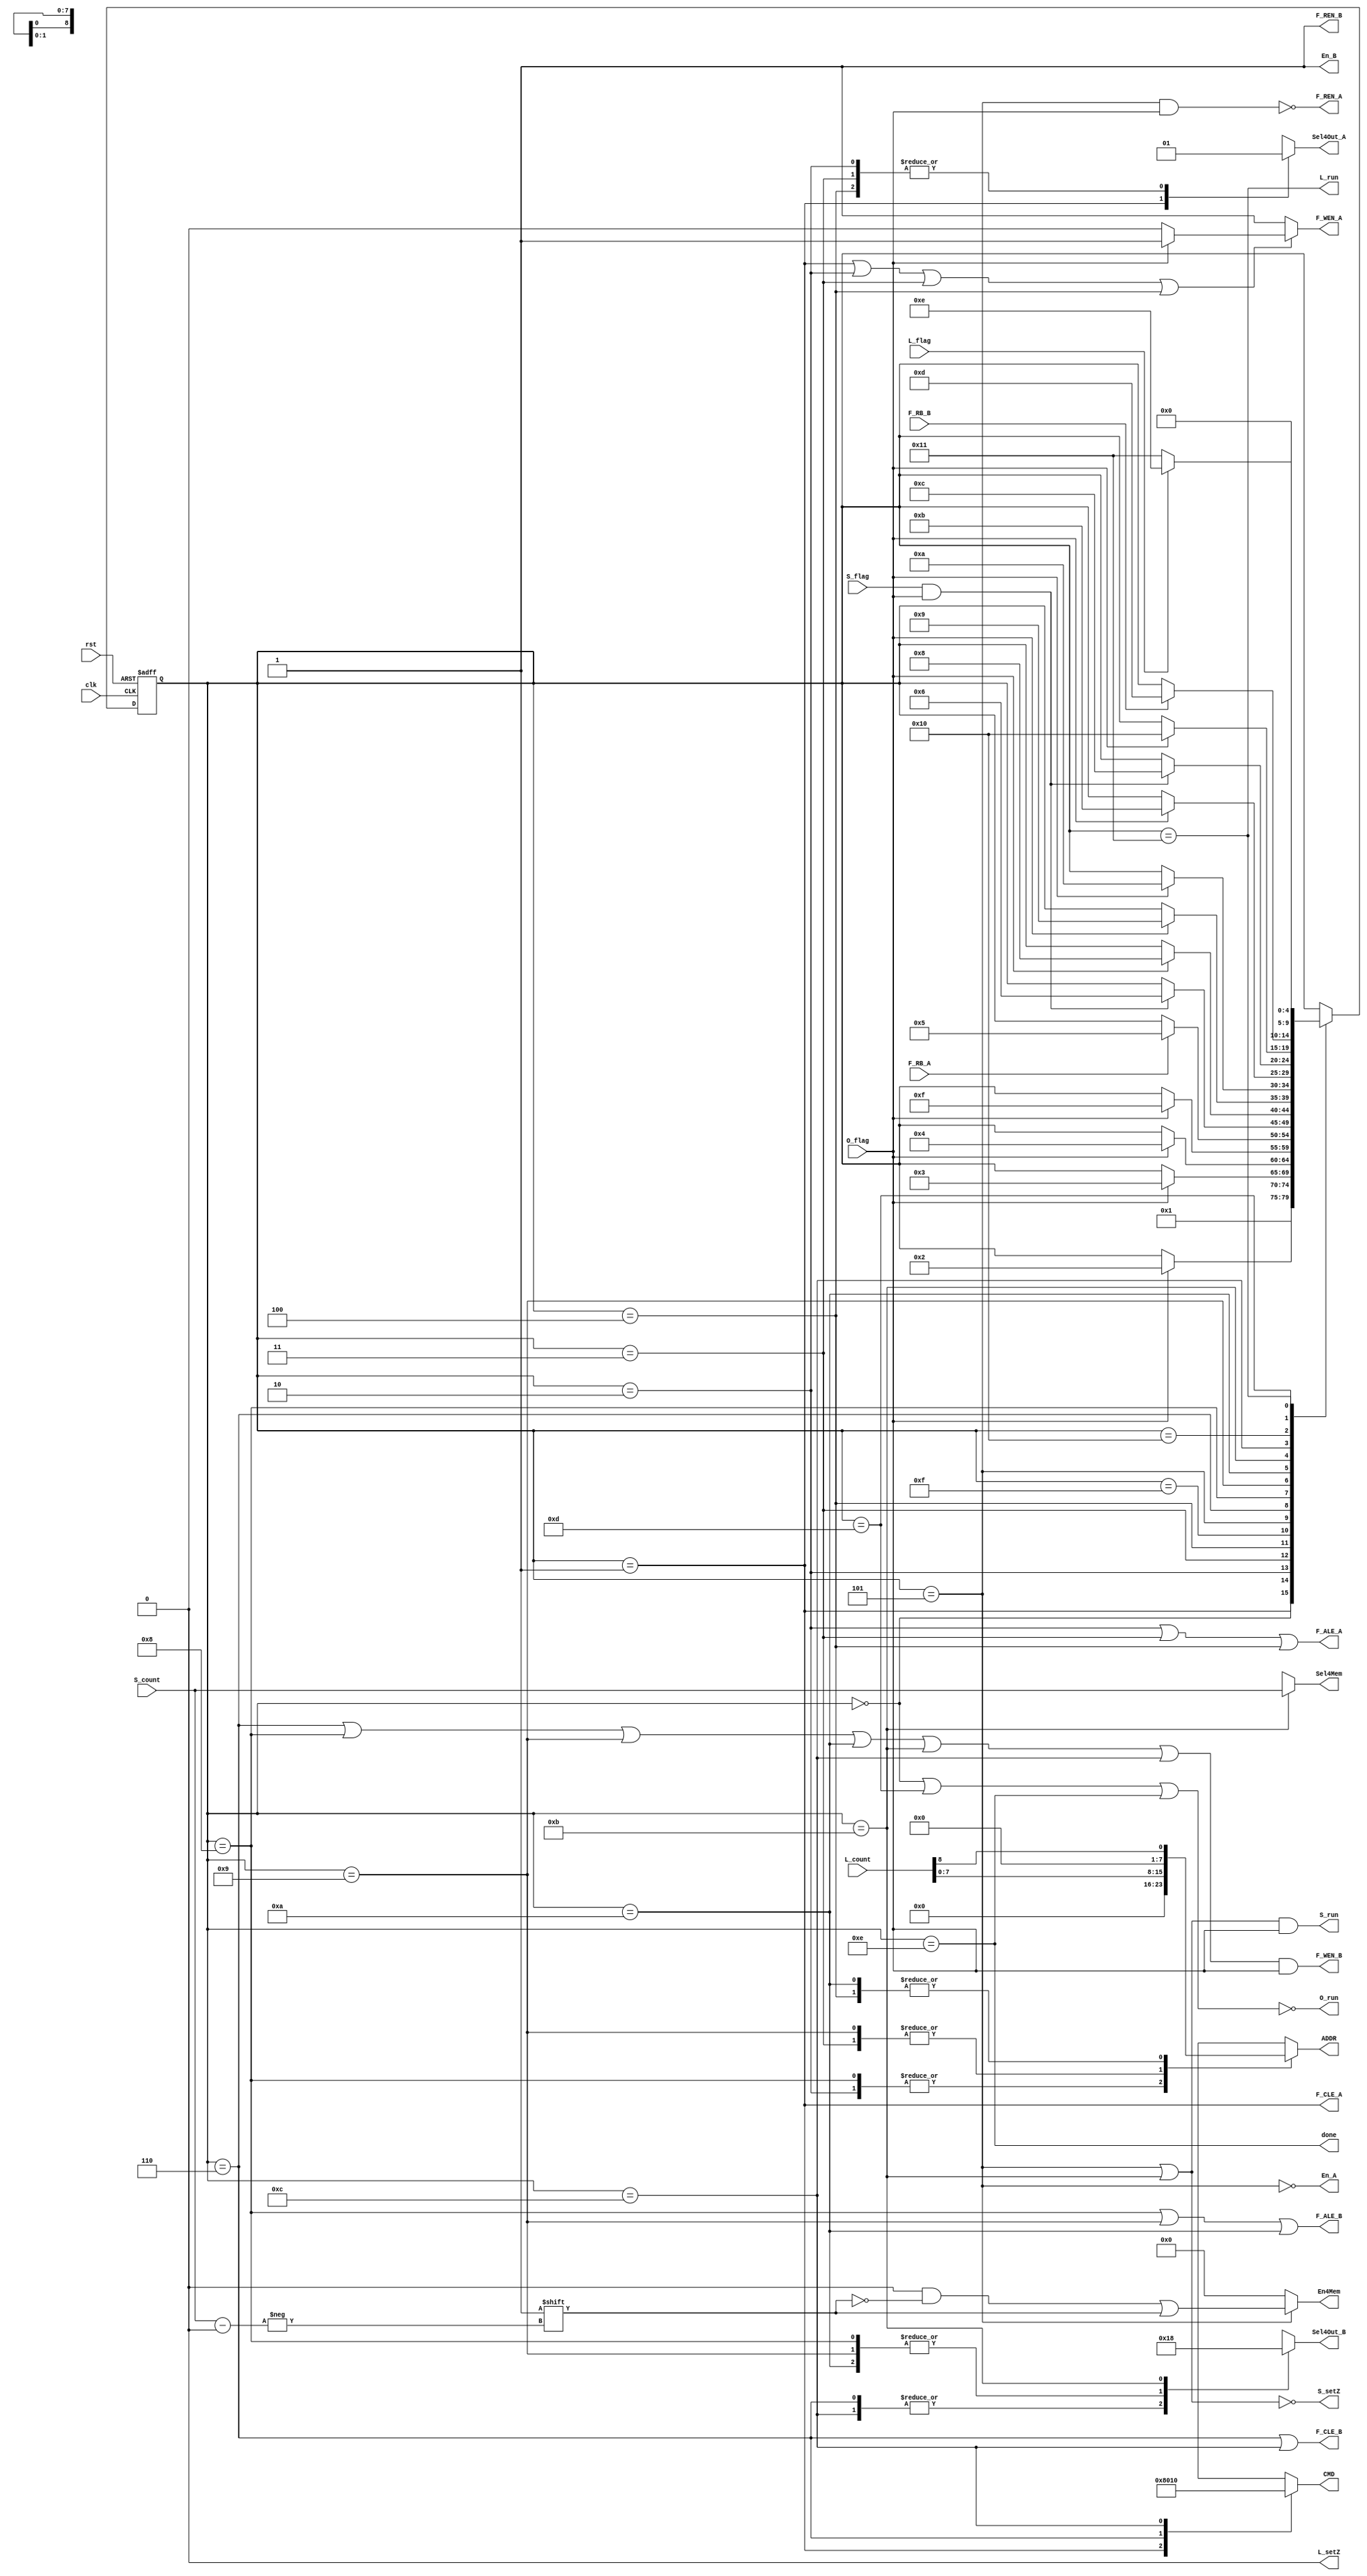
module FSM(
		input					rst,//in 1
		input					clk,//in 1
		output	wire			done,//out 1
		output	wire			F_WEN_B,//out 1
		output	wire			F_REN_B,//out 1
		output	wire			F_ALE_B,//out 1
		output	wire			F_CLE_B,//out 1
		input					F_RB_B,//in 1
		output	reg				F_WEN_A,//out 1
		output	wire			F_REN_A,//out 1
		output	wire			F_ALE_A,//out 1
		output	wire			F_CLE_A,//out 1
		input					F_RB_A,//in 1
		output	wire			En_B,//out 1
		output	wire			En_A,//out 1
		output	reg		[511:0]	En4Mem,//out 512
		output	reg		[8:0]	Sel4Mem,//out 9
		output	reg		[1:0]	Sel4Out_B,//out 2
		output	reg				Sel4Out_A,//out 1
		output	reg		[7:0]	ADDR,//out 8
		output	reg		[7:0]	CMD,//out 8
		output	wire			L_run,//out 1
		input			[8:0]	L_count,//in 9
		input					L_flag,//in 1
		output	wire			S_run,//out 1
		input			[8:0]	S_count,//in 9
		input					S_flag,//in 1
		output	wire 			O_run,//out 1
		input					O_flag,//in 1
		output	wire			L_setZ,//out1
		output	wire			S_setZ
		);
//////////////// define ///////////////////////
	`define	RST_STATE				5'd0
	`define	CMD_READ_STATE			5'd1
	`define	ADDR_READ_1_STATE		5'd2
	`define ADDR_READ_2_STATE		5'd3
	`define	ADDR_READ_3_STATE		5'd4
	`define	WAIT4A_Response			5'd15
	`define READ_1_STATE			5'd5
	`define CMD_WRITE_1_STATE		5'd6
	`define ADDR_WRITE_1_STATE		5'd8
	`define	ADDR_WRITE_2_STATE		5'd9
	`define ADDR_WRITE_3_STATE		5'd10
	`define WRITE_1_STATE 			5'd11
	`define	CMD_WRITE_FINISH_STATE	5'd12
	`define	WAIT4B_Response			5'd16
	`define	READY_SATTE				5'd13
	`define	FINISH_STATE 			5'd14
	`define	Lcountplus1				5'd17
//////////////// var //////////////////////////
	reg	[4:0]	next_state;
	reg	[4:0]	state;
//////////////// state ////////////////////////
	always@(posedge clk or posedge rst)begin
		if(rst)begin
			state<=5'd0;
		end else begin
			state<=next_state;
		end
	end

	always@(*)begin
		case(state)
			`RST_STATE:				next_state=`CMD_READ_STATE;
			`CMD_READ_STATE:		next_state=(O_flag)?`ADDR_READ_1_STATE:state;
			`ADDR_READ_1_STATE:		next_state=(O_flag)?`ADDR_READ_2_STATE:state;
			`ADDR_READ_2_STATE:		next_state=(O_flag)?`ADDR_READ_3_STATE:state;
			`ADDR_READ_3_STATE:		next_state=(O_flag)?`WAIT4A_Response:state;
			`WAIT4A_Response:		next_state=(F_RB_A)?`READ_1_STATE:state;
			`READ_1_STATE:			next_state=(S_flag && O_flag)?`CMD_WRITE_1_STATE:state;
			`CMD_WRITE_1_STATE:		next_state=(O_flag)?`ADDR_WRITE_1_STATE:state;
			`ADDR_WRITE_1_STATE:	next_state=(O_flag)?`ADDR_WRITE_2_STATE:state;
			`ADDR_WRITE_2_STATE:	next_state=(O_flag)?`ADDR_WRITE_3_STATE:state;
			`ADDR_WRITE_3_STATE:	next_state=(O_flag)?`WRITE_1_STATE:state;
			`WRITE_1_STATE:			next_state=(S_flag && O_flag)?`CMD_WRITE_FINISH_STATE:state;
			`CMD_WRITE_FINISH_STATE:next_state=(O_flag)?`WAIT4B_Response:state;
			`WAIT4B_Response:		next_state=(F_RB_B)?`READY_SATTE:state;
			`READY_SATTE:			next_state=(L_flag)?`FINISH_STATE:`Lcountplus1;
			`FINISH_STATE:			next_state=state;
			`Lcountplus1:			next_state=`RST_STATE;
			default:next_state=state;
		endcase
	end
//done,//out 1
	assign	done=(state==`FINISH_STATE);
//Write posedge Read negedge
//F_WEN_B,//out 1
	assign	F_WEN_B=((state==`CMD_WRITE_1_STATE)||(state==`ADDR_WRITE_1_STATE)||
	(state==`ADDR_WRITE_2_STATE)||(state==`ADDR_WRITE_3_STATE)||(state==`WRITE_1_STATE)||
	(state==`CMD_WRITE_FINISH_STATE))&&(O_flag);
//F_REN_B,//out 1
	assign F_REN_B=1'b1;
//F_ALE_B,//out 1
	assign	F_ALE_B=((state==`ADDR_WRITE_1_STATE)||
	(state==`ADDR_WRITE_2_STATE)||(state==`ADDR_WRITE_3_STATE));
//F_CLE_B,//out 1
	assign	F_CLE_B=((state==`CMD_WRITE_1_STATE)||
	(state==`CMD_WRITE_FINISH_STATE));
//F_WEN_A,//out 1
	always@(*)begin
		if((state==`CMD_READ_STATE)||
	(state==`ADDR_READ_1_STATE)||(state==`ADDR_READ_2_STATE)||
	(state==`ADDR_READ_3_STATE))begin
		if(O_flag)begin
			F_WEN_A=1'b1;
		end else begin
			F_WEN_A=1'b0;
		end
	end else begin
		F_WEN_A=1'b1;
	end
	end
//F_REN_A,//out 1
	assign	F_REN_A=~((state==`READ_1_STATE)&&(O_flag));
//F_ALE_A,//out 1
	assign	F_ALE_A=((state==`ADDR_READ_1_STATE)||(state==`ADDR_READ_2_STATE)||
	(state==`ADDR_READ_3_STATE));
//F_CLE_A,//out 1
	assign	F_CLE_A=(state==`CMD_READ_STATE);
//En_B,//out 1  1:out 0:in
	assign	En_B=1'b1;
//En_A,//out 1
	assign	En_A=~(state==`READ_1_STATE);
//En4Mem,//out 512
	always@(*)begin
		if(state==`READ_1_STATE)begin
			En4Mem=512'd0;
			En4Mem[S_count]=1'd1;
		end else begin
			En4Mem=512'd0;
		end
	end
//Sel4Mem,//out 9
	always@(*)begin
		if(state==`WRITE_1_STATE)begin
			Sel4Mem=S_count;
		end else begin
			Sel4Mem=9'dx;
		end
	end	
//Sel4Out_B,//out 2 0:data; 1:cmd; 2:addr;
	always@(*) begin
		case(state)
			`CMD_WRITE_1_STATE,`CMD_WRITE_FINISH_STATE:begin
				Sel4Out_B=2'd1;
			end
			`ADDR_WRITE_1_STATE,`ADDR_WRITE_2_STATE,`ADDR_WRITE_3_STATE:begin
				Sel4Out_B=2'd2;
			end
			`WRITE_1_STATE:begin
				Sel4Out_B=2'd0;
			end
			default:Sel4Out_B=2'dx;
		endcase	
	end		
//Sel4Out_A,//out 1 0:cmd; 1:addr;
	always@(*)begin
		case(state)
			`CMD_READ_STATE:begin
				Sel4Out_A=1'd0;
			end
			`ADDR_READ_1_STATE,`ADDR_READ_2_STATE,`ADDR_READ_3_STATE:begin
				Sel4Out_A=1'd1;
			end
			default:Sel4Out_A=1'dx;
		endcase
	end
//ADDR,//out 8
	always@(*)begin
		case(state)
			`ADDR_READ_1_STATE,`ADDR_WRITE_1_STATE:begin
				ADDR=8'd0;
			end
			`ADDR_READ_2_STATE,`ADDR_WRITE_2_STATE:begin
				ADDR=L_count[7:0];
			end
			`ADDR_READ_3_STATE,`ADDR_WRITE_3_STATE:begin
				ADDR={7'd0,L_count[8]};
			end
			default:begin
				ADDR=8'dx;
			end
		endcase
	end
//CMD,//out 8
	always@(*)begin
		case(state)
			`CMD_READ_STATE:begin
				CMD=8'h00;
			end
			`CMD_WRITE_1_STATE:begin
				CMD=8'h80;
			end
			`CMD_WRITE_FINISH_STATE:begin
				CMD=8'h10;
			end
			default:begin
				CMD=8'hx;
			end
		endcase
	end
//L_run,//out 1
	assign L_run=(state==`Lcountplus1);
//S_run,//out 1
	assign S_run=(((state==`READ_1_STATE)||(state==`WRITE_1_STATE))&&(O_flag));
//O_run
	assign O_run=~((state==`RST_STATE)||(state==`READY_SATTE)||(state==`FINISH_STATE));
//L_setZ
	assign L_setZ=1'b0;
//S_setZ
	assign S_setZ=~((state==`READ_1_STATE)||(state==`WRITE_1_STATE));
endmodule